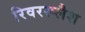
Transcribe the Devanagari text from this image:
रिवरस्प्लैश